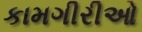
કામગીરીઓ